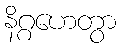
နိဂ္ဂဟေတွာ